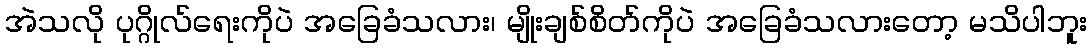
အဲသလို ပုဂ္ဂိုလ်ရေးကိုပဲ အခြေခံသလား၊ မျိုးချစ်စိတ်ကိုပဲ အခြေခံသလားတော့ မသိပါဘူး